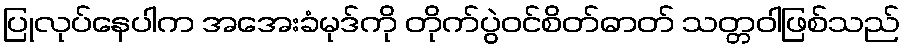
ပြုလုပ်နေပါက အအေးခံမုဒ်ကို တိုက်ပွဲဝင်စိတ်ဓာတ် သတ္တဝါဖြစ်သည်